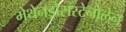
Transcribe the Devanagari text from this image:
मेथेनड्रोसस्टेनोलेन